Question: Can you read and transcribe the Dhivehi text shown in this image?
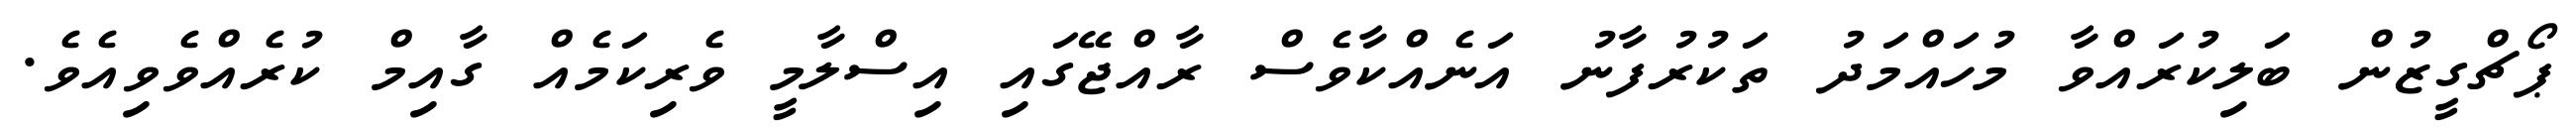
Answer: ޕޯޗްގީޒުން ބަލިކުރައްވާ މުހައްމަދު ތަކުރުފާނު އަނެއްކާވެސް ރާއްޖޭގައި އިސްލާމީ ވެރިކަމެއް ގާއިމް ކުރެއްވެވިއެވެ.